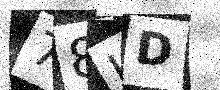
Text: 78HD